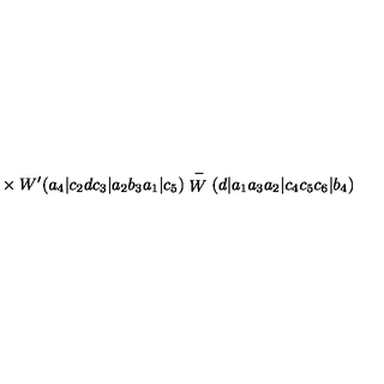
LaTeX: { } \times W ^ { \prime } ( a _ { 4 } | c _ { 2 } d c _ { 3 } | a _ { 2 } b _ { 3 } a _ { 1 } | c _ { 5 } ) \stackrel { - } { W } ( d | a _ { 1 } a _ { 3 } a _ { 2 } | c _ { 4 } c _ { 5 } c _ { 6 } | b _ { 4 } )